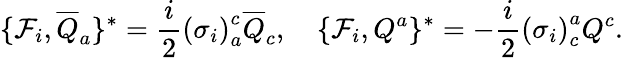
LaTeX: \lbrace{\cal F}_{i},{\overline{{{Q}}}}_{a}\rbrace^{\ast}=\frac{i}{2}{(\sigma_{i})}_{a}^{c}{\overline{{{Q}}}}_{c},\quad\lbrace{\cal F}_{i},Q^{a}\rbrace^{\ast}=-\frac{i}{2}{(\sigma_{i})}_{c}^{a}Q^{c}.